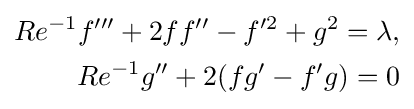
{\begin{aligned}Re^{-1}f'''+2ff''-f'^{2}+g^{2}=\lambda ,\\Re^{-1}g''+2(fg'-f'g)=0\end{aligned}}